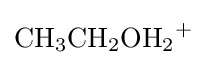
{\mathrm {CH} {\vphantom {A}}_{\smash[{t}]{3}}\mathrm {CH} {\vphantom {A}}_{\smash[{t}]{2}}\mathrm {OH} {\vphantom {A}}_{\smash[{t}]{2}}{\vphantom {A}}^{+}}